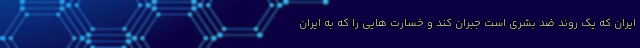
ایران که یک روند ضد بشری است جبران کند و خسارت هایی را که به ایران